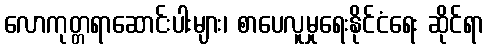
လောကုတ္တရာဆောင်းပါးများ၊ စာပေလူမှုရေးနိုင်ငံရေး ဆိုင်ရာ